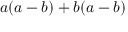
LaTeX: a ( a - b ) + b ( a - b )